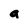
Character: a